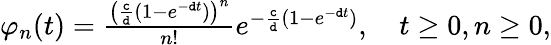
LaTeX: \begin{array}{r}{\varphi_{n}(t)=\frac{\left(\frac{\mathtt{c}}{\mathtt{d}}(1-e^{-\mathtt{d}t})\right)^{n}}{n!}e^{-\frac{\mathtt{c}}{\mathtt{d}}(1-e^{-\mathtt{d}t})},\quad t\geq 0,n\geq 0,}\end{array}